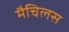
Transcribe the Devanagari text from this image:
मैचिलस